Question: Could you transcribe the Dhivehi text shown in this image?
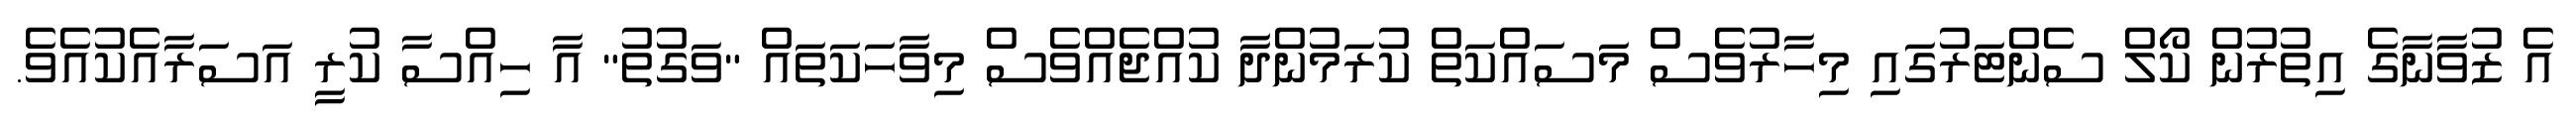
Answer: އެ ޒުވާނާގެ އިތުރުން ކޯލް ސެންޓަރުގައި މިހާރުވެސް މަސައްކަތް ކުރަމުންދާ ކުއްޖެއްވެސް މިވާހަކަތައް "ވަގުތު" އާ ހިއްސާ ކުރީ އަސަރާއެކުއެވެ.